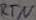
Text: RTN